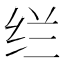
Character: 𰬊